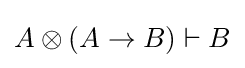
A\otimes (A\to B)\vdash B